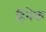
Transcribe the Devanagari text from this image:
हिनेक